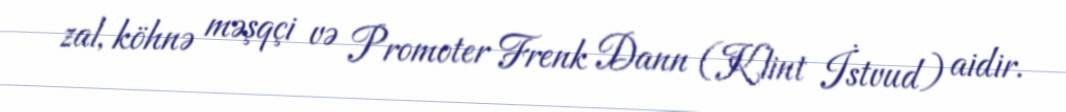
zal, köhnə məşqçi və Promoter Frenk Dann (Klint İstvud) aidir.